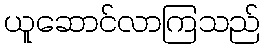
ယူဆောင်လာကြသည်